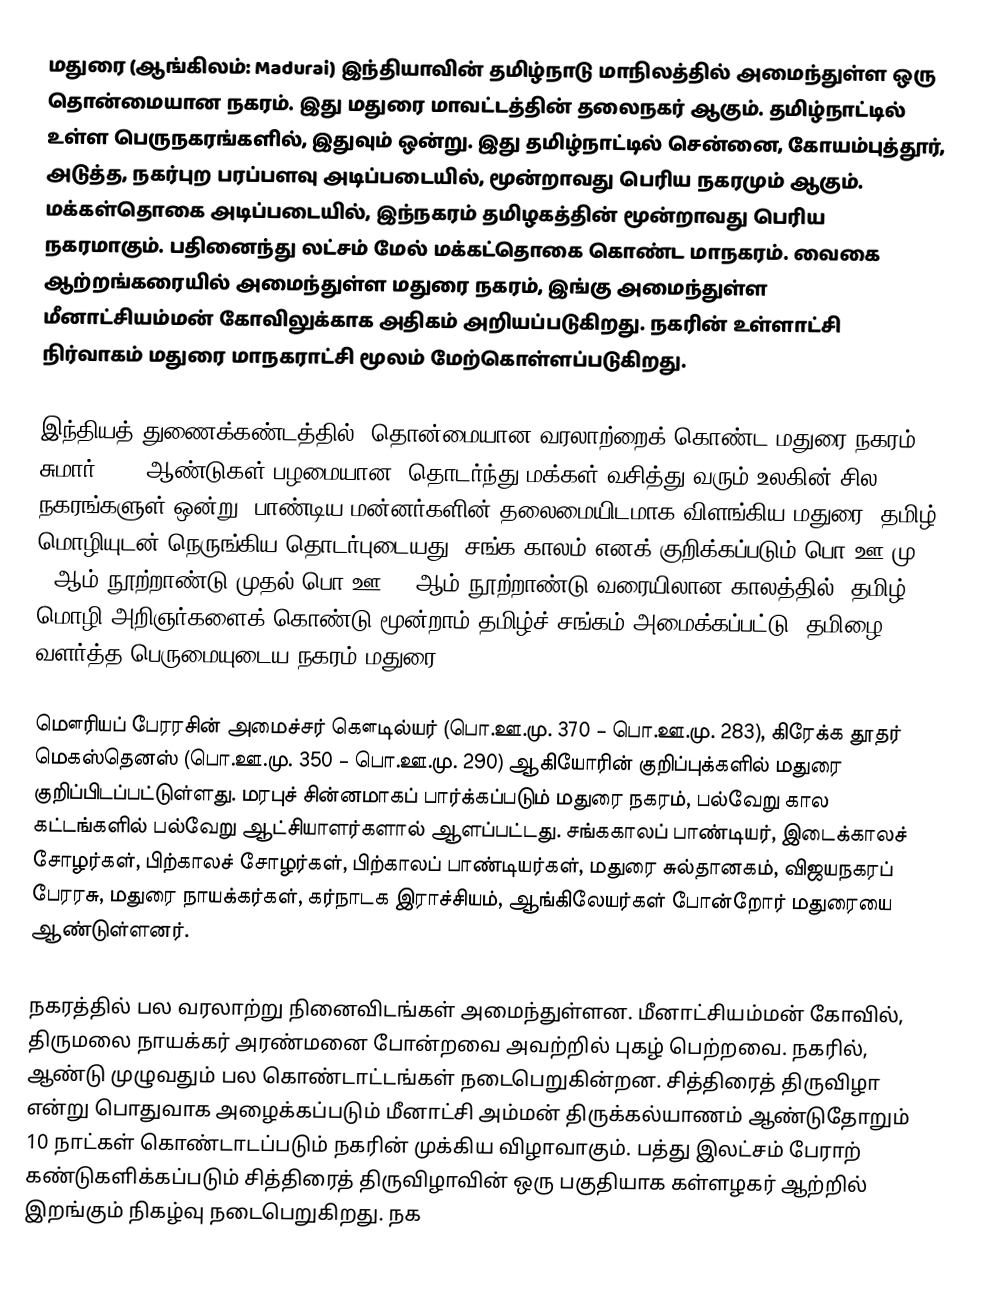
மதுரை (ஆங்கிலம்: Madurai) இந்தியாவின் தமிழ்நாடு மாநிலத்தில் அமைந்துள்ள ஒரு தொன்மையான நகரம். இது மதுரை மாவட்டத்தின் தலைநகர் ஆகும். தமிழ்நாட்டில் உள்ள பெருநகரங்களில், இதுவும் ஒன்று. இது தமிழ்நாட்டில் சென்னை, கோயம்புத்தூர்,  அடுத்த, நகர்புற பரப்பளவு அடிப்படையில், மூன்றாவது பெரிய நகரமும் ஆகும். மக்கள்தொகை அடிப்படையில், இந்நகரம் தமிழகத்தின் மூன்றாவது பெரிய நகரமாகும். பதினைந்து லட்சம் மேல் மக்கட்தொகை கொண்ட மாநகரம். வைகை ஆற்றங்கரையில் அமைந்துள்ள மதுரை நகரம், இங்கு அமைந்துள்ள மீனாட்சியம்மன் கோவிலுக்காக அதிகம் அறியப்படுகிறது. நகரின் உள்ளாட்சி நிர்வாகம் மதுரை மாநகராட்சி மூலம் மேற்கொள்ளப்படுகிறது.

இந்தியத் துணைக்கண்டத்தில், தொன்மையான வரலாற்றைக் கொண்ட மதுரை நகரம், சுமார் 2500 ஆண்டுகள் பழமையான, தொடர்ந்து மக்கள் வசித்து வரும் உலகின் சில நகரங்களுள் ஒன்று. பாண்டிய மன்னர்களின் தலைமையிடமாக விளங்கிய மதுரை, தமிழ் மொழியுடன் நெருங்கிய தொடர்புடையது. சங்க காலம் எனக் குறிக்கப்படும் பொ.ஊ.மு. 4-ஆம் நூற்றாண்டு முதல் பொ.ஊ. 2-ஆம் நூற்றாண்டு வரையிலான காலத்தில், தமிழ் மொழி அறிஞர்களைக் கொண்டு மூன்றாம் தமிழ்ச் சங்கம் அமைக்கப்பட்டு, தமிழை வளர்த்த பெருமையுடைய நகரம் மதுரை.

மௌரியப் பேரரசின் அமைச்சர் கௌடில்யர் (பொ.ஊ.மு. 370 – பொ.ஊ.மு. 283), கிரேக்க தூதர் மெகஸ்தெனஸ் (பொ.ஊ.மு. 350 – பொ.ஊ.மு. 290) ஆகியோரின் குறிப்புக்களில் மதுரை குறிப்பிடப்பட்டுள்ளது. மரபுச் சின்னமாகப் பார்க்கப்படும் மதுரை நகரம், பல்வேறு கால கட்டங்களில் பல்வேறு ஆட்சியாளர்களால் ஆளப்பட்டது. சங்ககாலப் பாண்டியர், இடைக்காலச் சோழர்கள், பிற்காலச் சோழர்கள், பிற்காலப் பாண்டியர்கள், மதுரை சுல்தானகம், விஜயநகரப் பேரரசு, மதுரை நாயக்கர்கள், கர்நாடக இராச்சியம், ஆங்கிலேயர்கள் போன்றோர் மதுரையை ஆண்டுள்ளனர்.

நகரத்தில் பல வரலாற்று நினைவிடங்கள் அமைந்துள்ளன. மீனாட்சியம்மன் கோவில், திருமலை நாயக்கர் அரண்மனை போன்றவை அவற்றில் புகழ் பெற்றவை. நகரில், ஆண்டு முழுவதும் பல கொண்டாட்டங்கள் நடைபெறுகின்றன. சித்திரைத் திருவிழா என்று பொதுவாக அழைக்கப்படும் மீனாட்சி அம்மன் திருக்கல்யாணம் ஆண்டுதோறும் 10 நாட்கள் கொண்டாடப்படும் நகரின் முக்கிய விழாவாகும். பத்து இலட்சம் பேராற் கண்டுகளிக்கப்படும் சித்திரைத் திருவிழாவின் ஒரு பகுதியாக கள்ளழகர் ஆற்றில் இறங்கும் நிகழ்வு நடைபெறுகிறது. நக